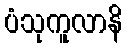
ပံသုကူလာနိ